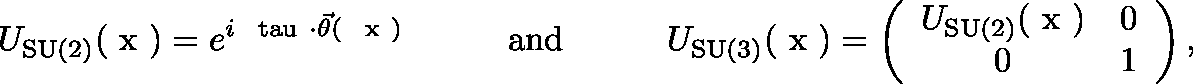
U _ { \mathrm { S U ( 2 ) } } ( \mathrm { \boldmath ~ x ~ } ) = e ^ { i \mathrm { \boldmath ~ \scriptstyle \ t a u ~ } \cdot \vec { \theta } ( \mathrm { \boldmath ~ { \scriptstyle ~ x } ~ } ) } \quad \quad \quad \mathrm { a n d } \quad \quad \quad U _ { \mathrm { S U ( 3 ) } } ( \mathrm { \boldmath ~ x ~ } ) = \left( \begin{array} { c c } { { U _ { \mathrm { S U ( 2 ) } } ( \mathrm { \boldmath ~ x ~ } ) } } & { { 0 } } \\ { { 0 } } & { { 1 } } \end{array} \right) ,